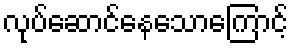
လုပ်ဆောင်နေသောကြောင့်